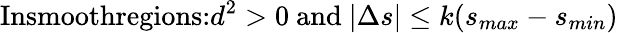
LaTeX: \textrm{Insmoothregions:}d^{2}>0\ \textrm{and}\ |\Delta s|\leq k(s_{max}-s_{min})